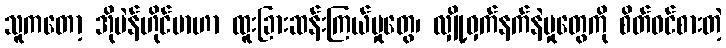
သူကတော့ အိုပဲန်ဟိုင်မာဟာ ထူးခြားဆန်းကြယ်မှုတွေ၊ လျှို့ဝှက်နက်နဲမှုတွေကို စိတ်ဝင်စားတဲ့